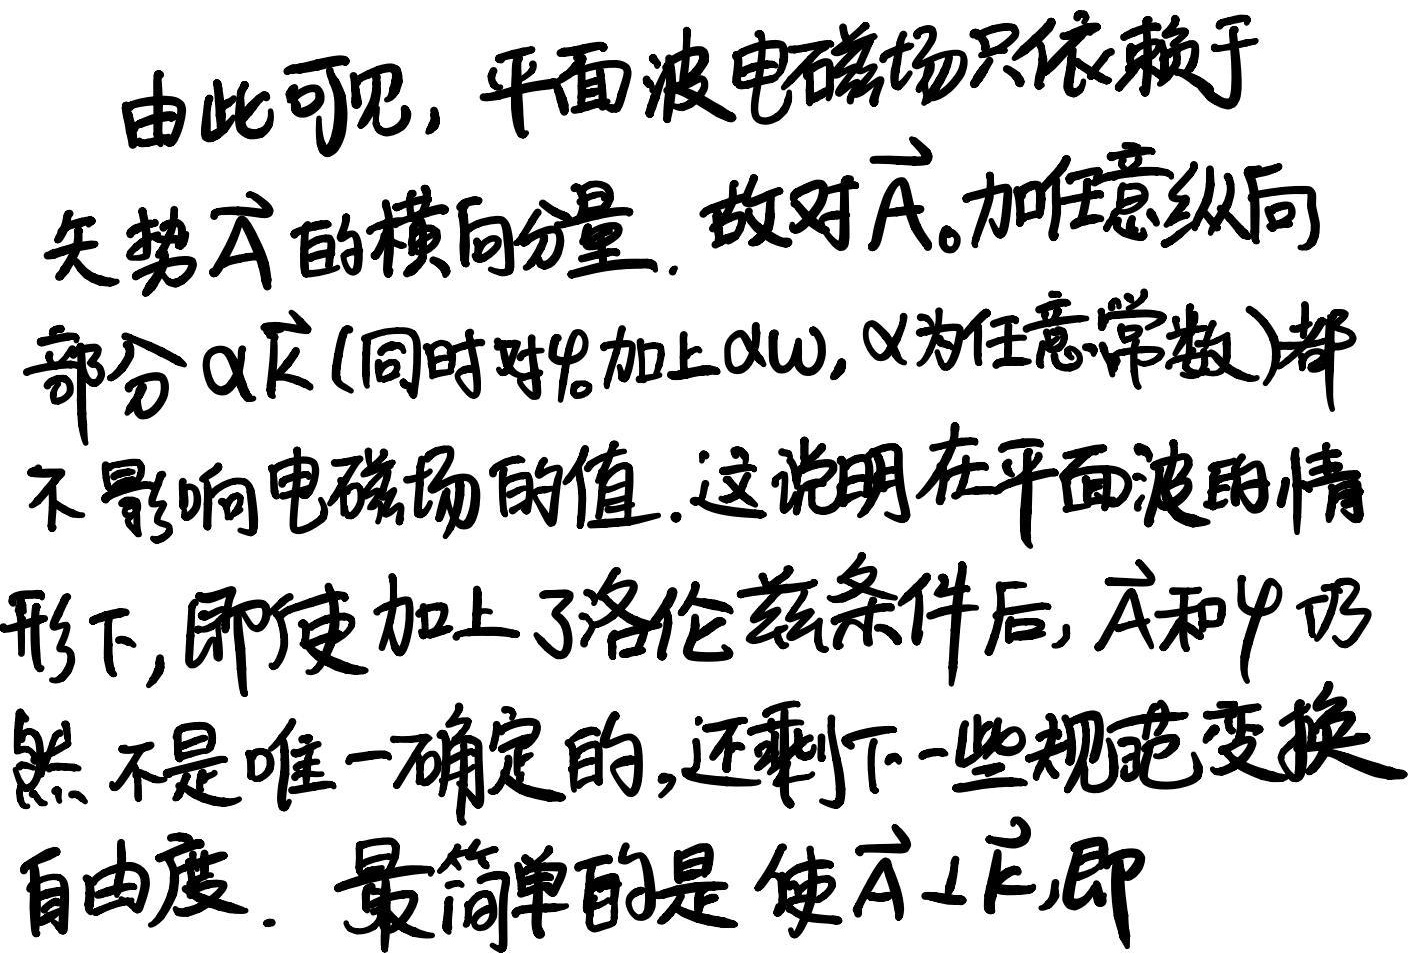
由此可见，平面波电磁场只依赖于矢势$\vec{A}$的横向分量。故对$\vec{A}_{0}$加任意纵向部分$\alpha\vec{k}$（同时对$\varphi_{0}$加上$\alpha\omega$，$\alpha$为任意常数）都不影响电磁场的值。这说明在平面波的情形下，即使加上了洛伦兹条件后，$\vec{A}$和$\varphi$仍然不是唯一确定的，还剩下一些规范变换自由度。最简单的是使$\vec{A}\perp\vec{k}$，即